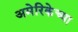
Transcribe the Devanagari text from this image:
अमेरिकेच्या